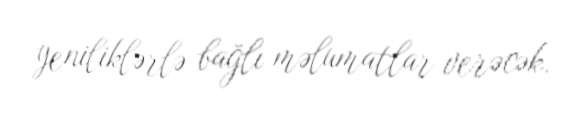
yeniliklərlə bağlı məlumatlar verəcək.